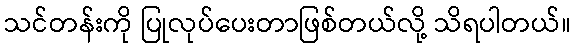
သင်တန်းကို ပြုလုပ်ပေးတာဖြစ်တယ်လို့ သိရပါတယ်။